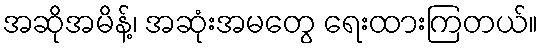
အဆိုအမိန့်၊ အဆုံးအမတွေ ရေးထားကြတယ်။